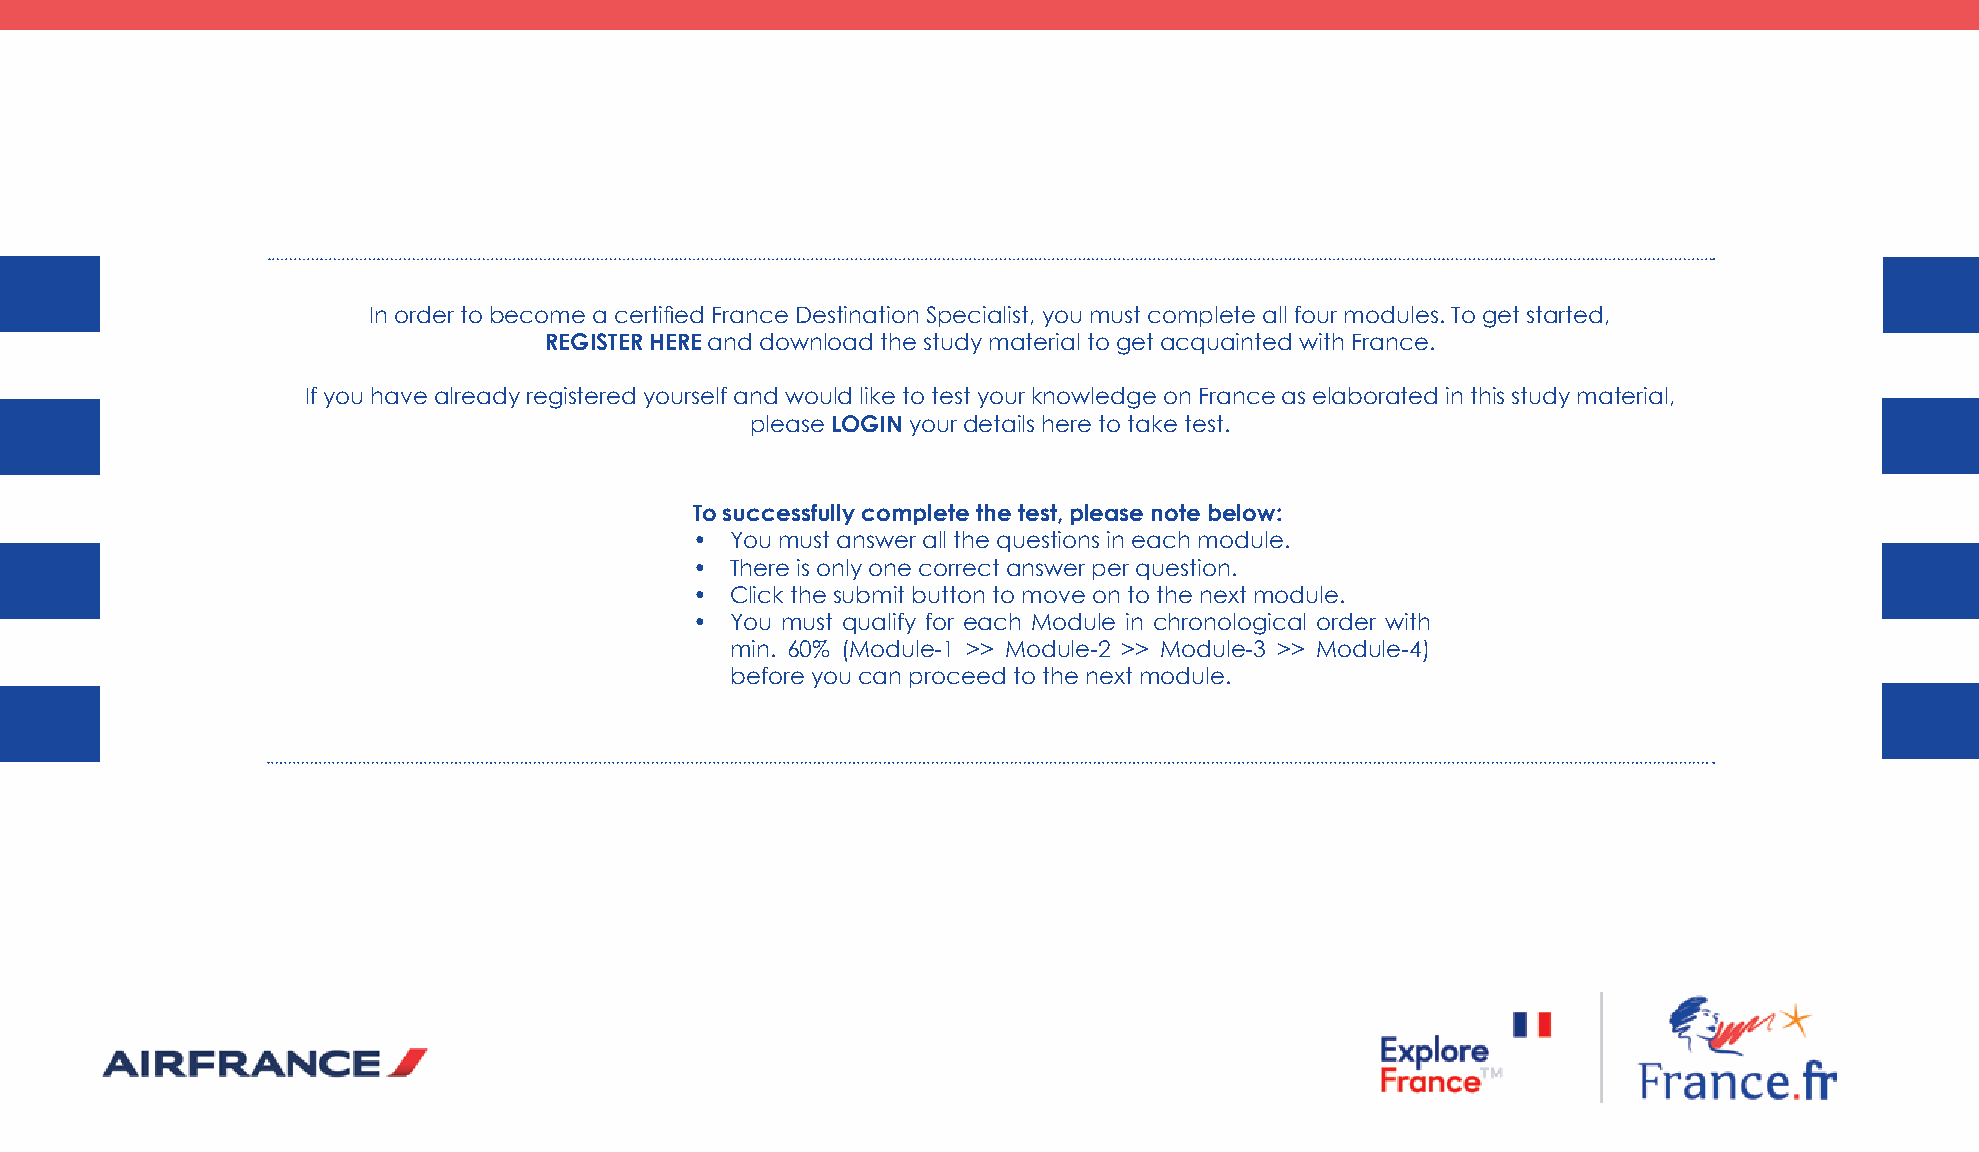
In order to become a certified France Destination Specialist, you must complete all four modules. To get started,
 ReGiSteR heRe and download the study material to get acquainted with France.
 If you have already registered yourself and would like to test your knowledge on France as elaborated in this study material,
 please loGin your details here to take test.
 to successfully complete the test, please note below:
 • You must answer all the questions in each module.
 • There is only one correct answer per question.
 • Click the submit button to move on to the next module.
 • You must qualify for each Module in chronological order with
 min. 60% (Module-1 >> Module-2 >> Module-3 >> Module-4)
 before you can proceed to the next module.